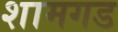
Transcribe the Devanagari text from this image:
शामगड